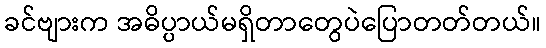
ခင်ဗျားက အဓိပ္ပာယ်မရှိတာတွေပဲပြောတတ်တယ်။